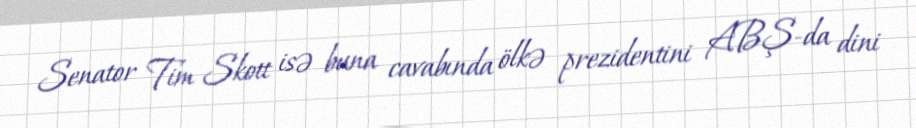
Senator Tim Skott isə buna cavabında ölkə prezidentini ABŞ-da dini